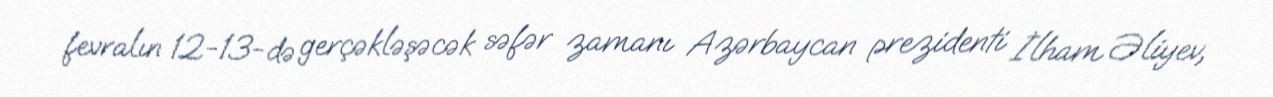
fevralın 12-13-də gerçəkləşəcək səfər zamanı Azərbaycan prezidenti İlham Əliyev,